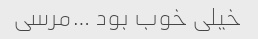
خیلی خوب بود …مرسی